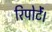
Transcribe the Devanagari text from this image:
रिपोर्टें।